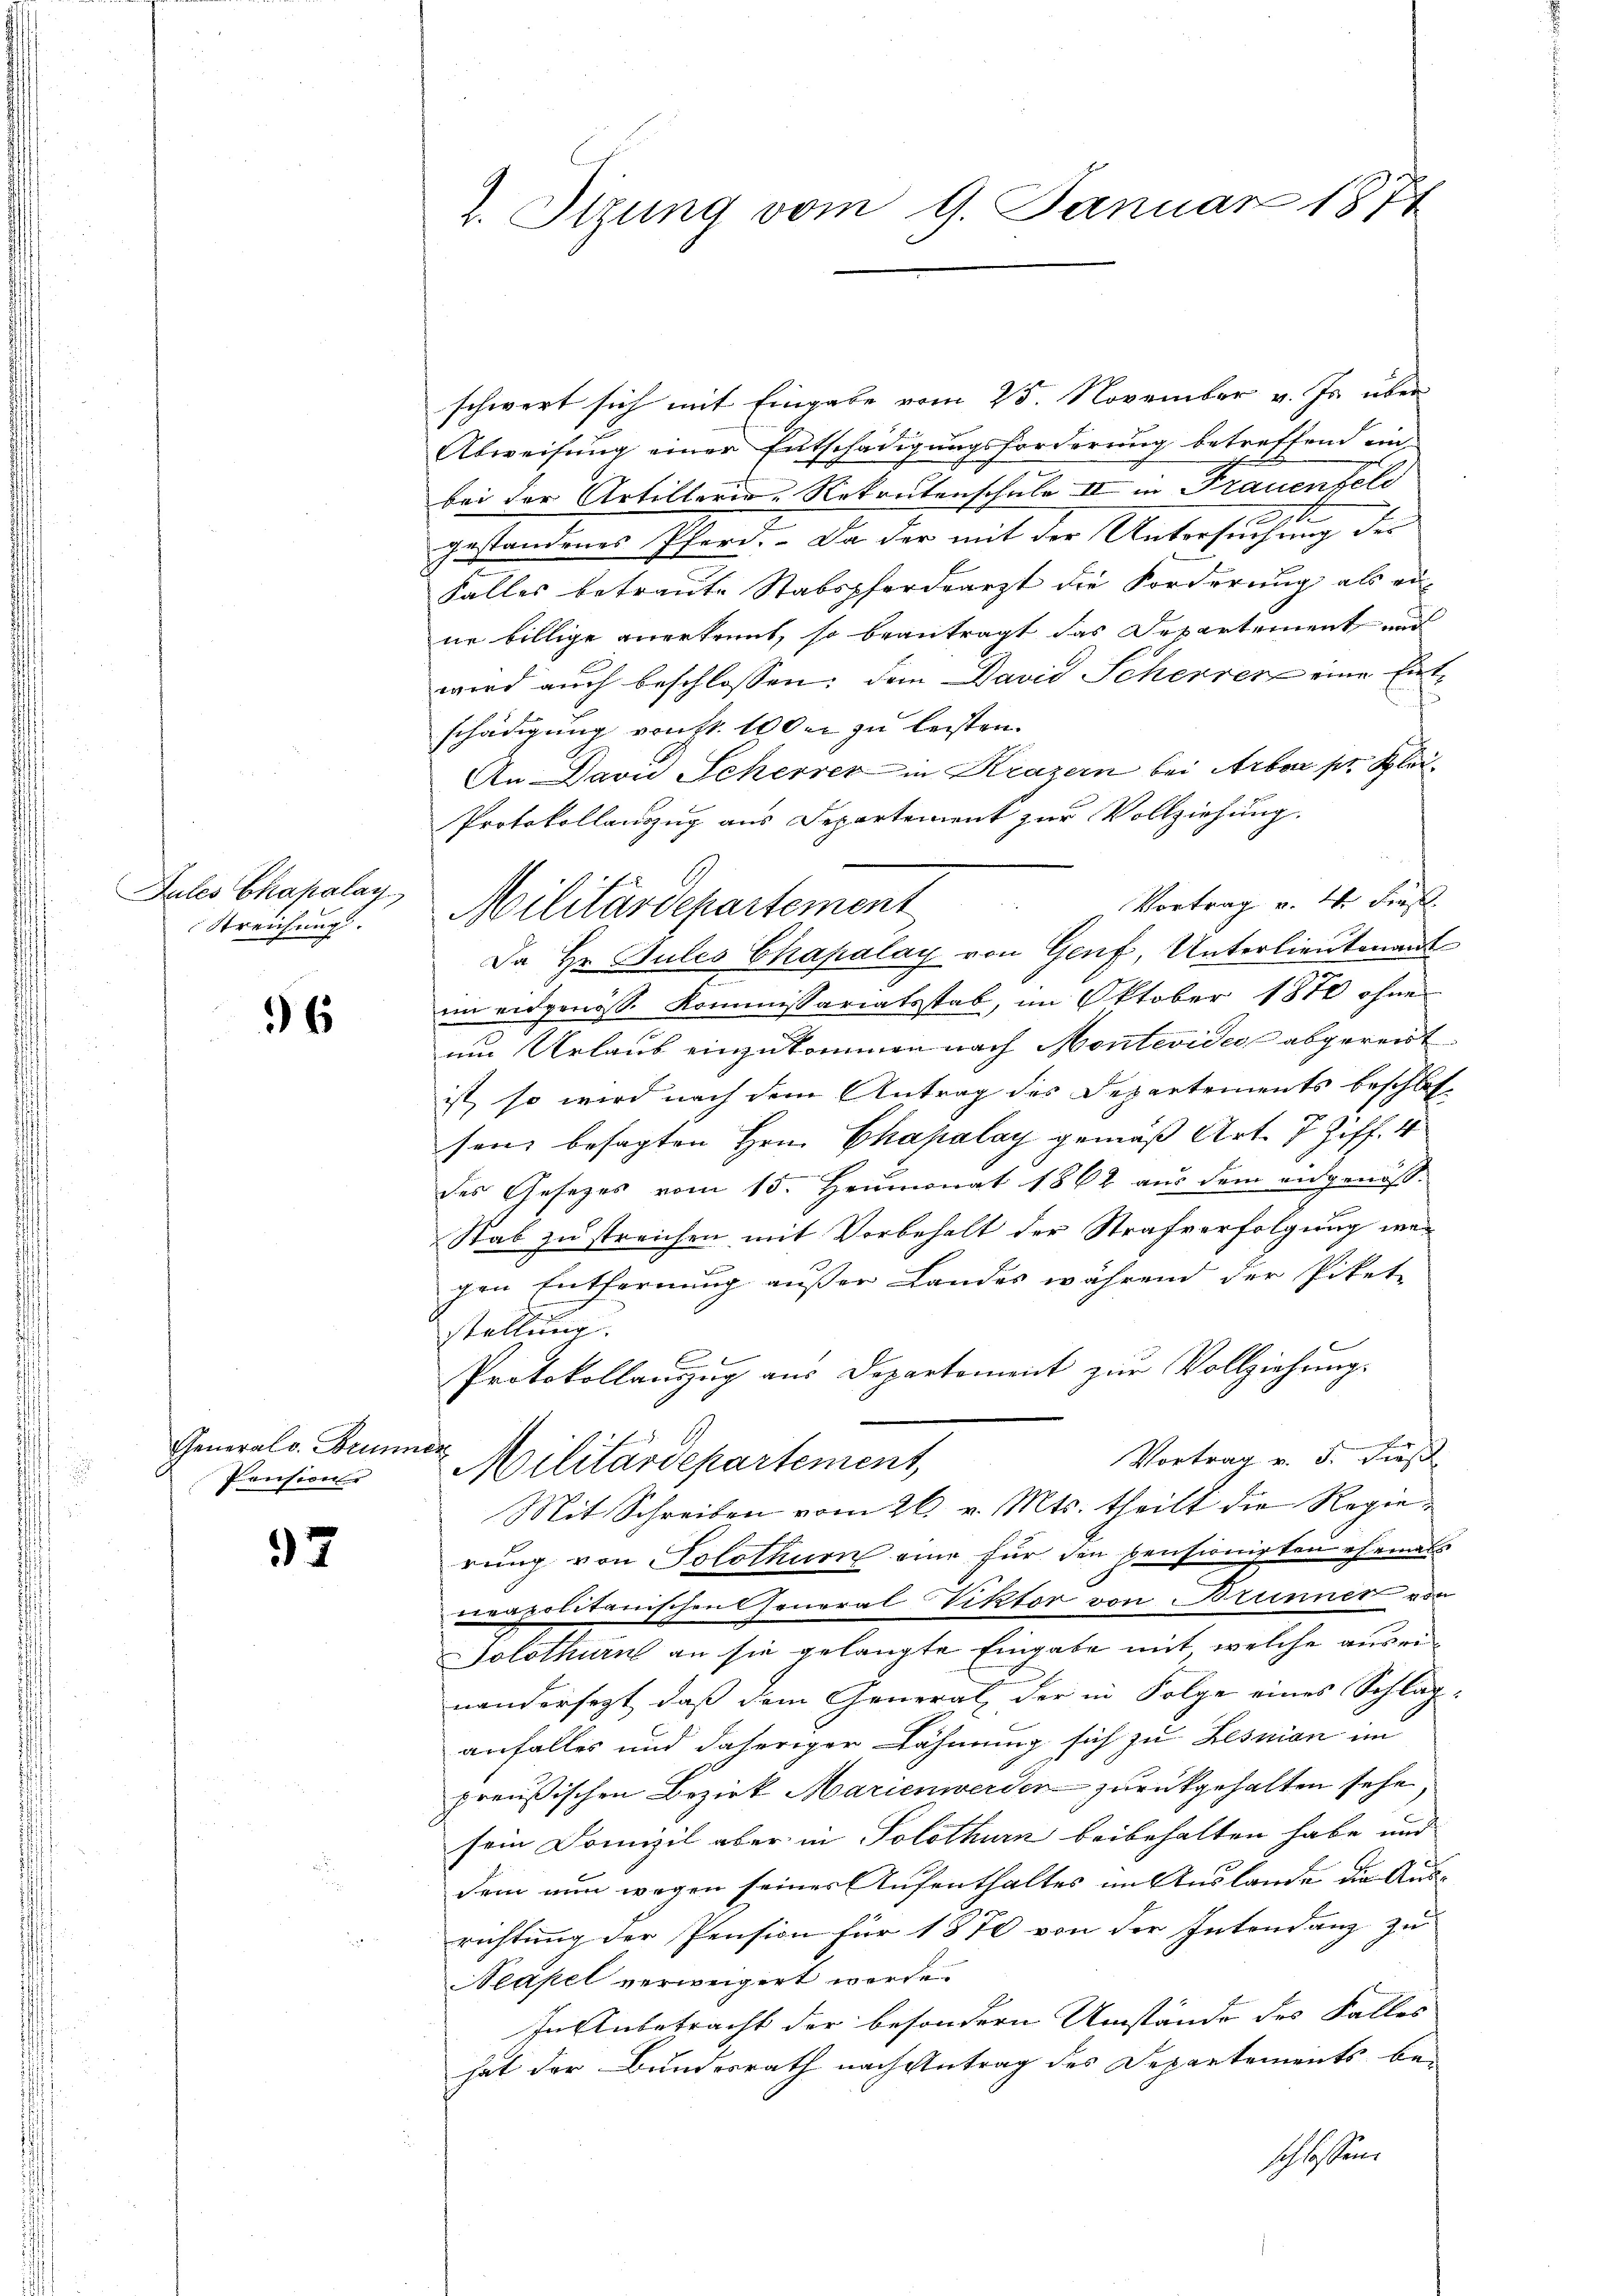
Zules Chapalay
Streichung.

36

General v. Brunner
Pension

37

schwert sich mit Eingabe vom 25. November v. Js. über
Abweisung einer Entschädigungsforderung betreffend ein-
bei der Artillerie-Rekrutenschule II in Frauenfeld
gestandenes Pferd. Da der mit der Untersuchung der
Falles betraute Stabspferdearzt die Forderung als ei
ne billige anerkennt, so beantragt das Departement und
wird auch beschlossen: den David Scherrenz eine Entschädigung von St. 100 er zu leisten.
An Darn Scherrer in Krazern bei Arbon pr. Klei¬
Protokollauszug aus Departement zur Vollziehung.
Da Hr. Gutes Chapalay von Genf, Unterlieutenant
2.
im eidgenöss. Kommissariatsstab, im Oktober 1870 ohne
um Urlaub einzukommen nach Montevideo abgereit
ist, so wird nach dem Antrag des Departements beschlos
senz besagten Hrn. Chapalay gemäß Art. 7 Ziff. 4
des Gesetzes vom 15. Heumonat 1862 aus dem angenoß¬
Stab zu streichen mit Vorbehalt der Strafverfolgung wegen Entfernung außer Landes während der Pikete
stellung.
C
Protokollauszug aus Departoment zur Vollziehung.
Vortrag v. 5. Fuß
Militärdepartement,
Mit Schreiben vom 26. v. Mts. theilt die Regierung von Solothurn eine für den pensionisten ehemals
neapolitanischen General Viktor von Brunner von
Solothurn an sie gelangte Eingabe mit welche auseinandersezt, daß dem General, der in Folge eines Schlaganfalles und daheriger Lähmung sich zu Lessian im
preußischen Bezirk Marienwerden zurückgehalten sehe,
sem Domizil aber in Solothurn beibehalten habe und
dem nun wegen seiner Aufenthaltes im Auslande die Aus-
richtung der Pension für 1870 von der Intendanz zu
Neapel verweigert werde.
In Anbetracht der besondern Umstände des Falles
hat der Bundesrath nach Antrag des Departements beschlossen.

1. Stzung vom 9. Januar 1874

Vortrag v. 4. Frs.
Militärdepartement